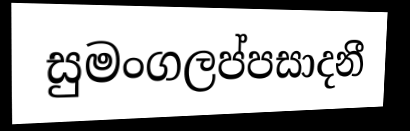
සුමංගලප්පසාදනී